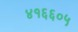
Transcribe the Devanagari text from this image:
४१६६०५